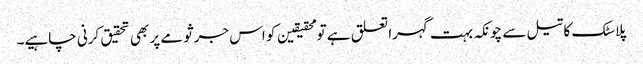
پلاسٹک کا تیل سے چونکہ بہت گہرا تعلق ہے تو محقیقین کو اس جرثومے پر بھی تحقیق کرنی چاہیے۔